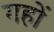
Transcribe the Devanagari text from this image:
गहों